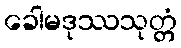
ခေါမဒုဿသုတ္တံ